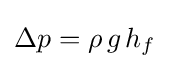
\Delta p=\rho \,g\,h_{f}